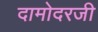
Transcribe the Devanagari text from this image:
दामोदरजी